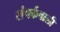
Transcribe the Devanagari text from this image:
संपर्कवाली